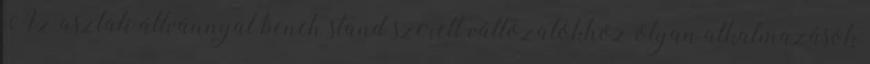
Az asztali állvánnyal bench stand szerelt változatokhoz olyan alkalmazások